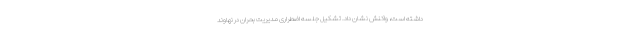
داشته است، واکنش نشان داد. تشکیل جلسه اضطراری مدیریت بحران در نهاوند